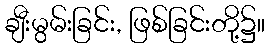
ချီးမွမ်းခြင်း, ဖြစ်ခြင်းတို့၌။